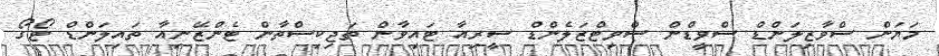
މަޔަން ސްވާޒިލަންޑް ސްވީޑްން ސްވިޓްޒަލެންޑް ސީރިއާ ޓައިވާން ތަޖިކިސްތާން ޓެންޒޭނިއާ ތައިލަންޑް ޓޯގޯ